Annual statistical returns and brief notes on vaccination in Bengal - 1887-1898
Year: 1887
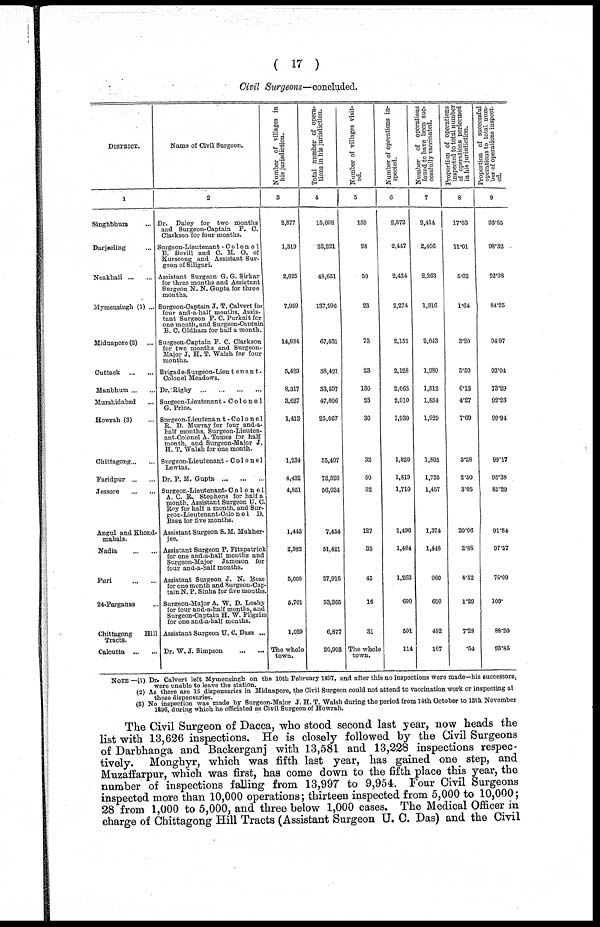
( 17 )
Civil Surgeons—concluded.
DISTRICT.
1
Singhbhum ...
Darjeeling ...
Noakhali ... ...
Mymensingh (1) ...
Midnapore (2) ...
Cuttack
...
...
Manbhum ... ...
Murshidabad ...
Howrah (3) ...
Chittagong ... ...
Faridpur ... ...
Jessore
...
...
Angul and Khond¬
mahals.
Nadia
...
...
Puri
...
...
24-Parganas ...
Chittagong
Hill
Tracts.
Calcutta
...
...
Name of Civil Surgeon.
2
Dr. Daley for two months
and Surgeon-Captain F. C.
Clarkson for four months.
Surgeon-Lieutenant - Colonel
E. Bovill and C. M. O. of
Kurseong and Assistant Sur-
geon of Siliguri.
Assistant Surgeon G.G. Sirkar
for three months and Assistant
Surgeon N. N. Gupta for three
months.
Surgeon-Captain J. T. Calvert for
four and-a-half months, Assis-
tant Surgeon P. C. Purkait for
one month, and Surgeon-Captain
B. C. Oldham for half a month.
Surgeon-Captain F. C. Clarkson
for two months and Surgeon¬
Major J. H. T. Walsh for four
months.
Brigade-Surgeon-Lieutenant¬
Colonel Meadows.
Dr.Rigby ... ... ... ...
Surgeon-Lieutenant -Colonel
G. Price.
Surgeon-Lieutenant - Co1one1
R. D. Murray for four and-a-
half months, Surgeon-Lieuten-
ant-Colonel A. Tomes for half
month, and Surgeon-Major J.
H. T, Walsh for one month.
Surgeon-Lieutenant -Colonel
Lewtas.
Dr. P. M. Gupta
...
...
...
Surgeon-Lieutenant- Colonel
A. C. R. Stephens for half a
month, Assistant Surgeon U. C.
Roy for half a month, and Sur¬
geon-Lieutenant-Colonel D.
Basu for five months.
Assistant Surgeon S. M. Mukher¬
jee.
Assistant Surgeon P. Fitzpatrick
for one and-a-half mouths and
Surgeon-Major Jameson for
four and-a-half months.
Assistant Surgeon J. N. Bose
for one month and Surgeon-Cap-
tain N. P. Sinha for five months.
Surgeon-Major A. W. D. Leahy
for four and-a-half months, and
Surgeon-Captain H. W. Pilgrim
for one and-a-half months.
Assistant Surgeon U. C. Dass ...
Dr. W. J. Simpson
...
...
Number of villages in
his jurisdiction.
3
2,877
1,319
2,625
7,959
14,934
5,429
8,317
3,627
1,413
1,234
4,432
4,851
1,443
2,982
5,000
5,701
1,029
The whole
town.
Total number of opera-
tions in his jurisdiction.
4
15,098
22,221
48,651
137,996
67,031
38,421
33,597
47,006
25,067
55,407
72,520
56,034
7,454
51,421
27,916
53,265
6,877
20,903
Number of villages visit-
ed.
5
159
28
50
23
73
23
130
23
30
32
50
52
127
33
45
16
31
The whole
town.
Number of operations in¬
spected.
6
2,572
2,447
2,434
2,274
2,151
2,128
2,063
2,010
1,930
1,820
1,819
1,710
1,496
1,484
1,263
690
501
114
Number of operations
found to have been suc-
cessfully vaccinated.
7
2,414
2,406
2,263
1,916
2,043
1,980
1,512
1,854
1,929
1,805
1,735
1,457
1,374
1,448
960
690
492
107
Proportion of operations
inspected to total number
of operations performed
in his jurisdiction.
8
17.03
11.01
5.02
1.64
3.20
5.50
6.13
4.27
7.69
3.28
2.50
3.05
20.06
2.88
4.52
1.29
7.28
.54
Proportion of successful
operations to total num-
ber of operations inspect-
ed.
9
93.85
98.32
92.98
84.25
94.97
93.04
73.29
92.23
99.94
99.17
95.38
85.20
91.84
97.57
76.09
100.
88.20
93.85
NOTE —(1) Dr. Calvert left Mymensingh on the 10th February 1897, and after this no inspections were made—his successors
were unable to leave the station.
(2) As there are 15 dispensaries in Midnapore, the Civil Surgeon could not attend to vaccination work or inspecting all
these dispensaries.
(3) No inspection was made by Surgeon-Major J. H. T. Walsh during the period from 14th October to 13th November
1896, during which he officiated as Civil Surgeon of Howrah.
The Civil Surgeon of Dacca, who stood second last year, now heads the
list with 13,626 inspections. He is closely followed by the Civil Surgeons
of Darbhanga and Backerganj with 13,581 and 13,228 inspections respec-
tively. Monghyr, which was fifth last year, has gained one step, and
Muzaffarpur, which was first, has come down to the fifth place this year, the
number of inspections falling from 13,997 to 9,954. Four Civil Surgeons
inspected more than 10,000 operations; thirteen inspected from 5,000 to 10,000;
28 from 1,000 to 5,000, and three below 1,000 cases. The Medical Officer in
charge of Chittagong Hill Tracts (Assistant Surgeon U. C. Das) and the Civil